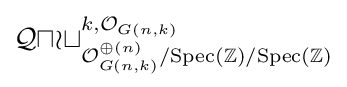
{\mathcal {Quot}}_{{\mathcal {O}}_{G(n,k)}^{\oplus (n)}/{\text{Spec}}(\mathbb {Z} )/{\text{Spec}}(\mathbb {Z} )}^{k,{\mathcal {O}}_{G(n,k)}}